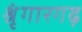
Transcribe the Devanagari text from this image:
श्रृंगारगढ़